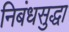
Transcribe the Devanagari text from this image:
निबंधसुद्धा